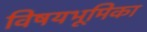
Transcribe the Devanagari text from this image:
विषयभूमिका